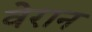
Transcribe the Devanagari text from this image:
वेरान